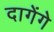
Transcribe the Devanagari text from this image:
दागेंगे